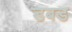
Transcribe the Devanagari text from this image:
डबड